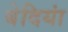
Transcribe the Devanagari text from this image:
बेदियां